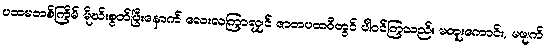
ပထမတစ်ကြိမ် မိုဃ်းစွတ်ပြီးနောက် လေးလကြာလျှင် ဇာတပထဝီတွင် ပါဝင်ကြသည်။ မတူးကောင်း, မဖျက်